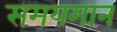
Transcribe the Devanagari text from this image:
समयमान